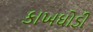
કાખઘોડી